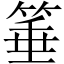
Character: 箠